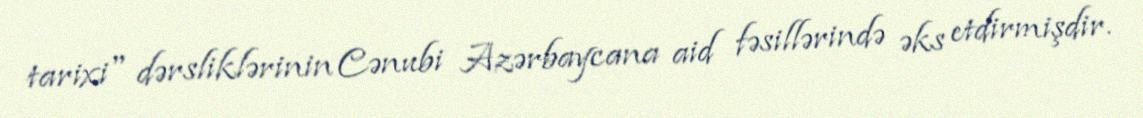
tarixi" dərsliklərinin Cənubi Azərbaycana aid fəsillərində əks etdirmişdir.